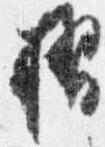
摺